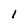
Character: 1